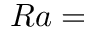
R a =